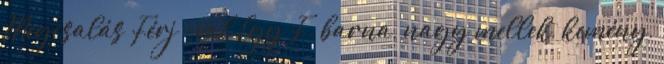
Megcsalás Férj -val Egy F. barna, nagy mellek, kemény,